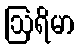
ဩရိမာ